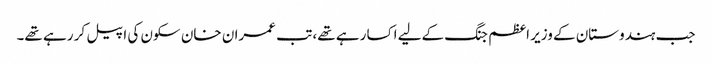
جب ہندوستان کے وزیر اعظم جنگ کےلیے اکسا رہے تھے، تب عمران خان سکون کی اپیل کر رہے تھے۔